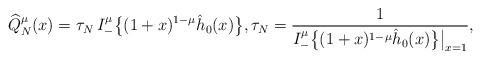
\begin{align*} &\widehat Q_N^\mu(x)= \tau_N\, I_-^\mu \big\{(1+x)^{1-\mu} \hat h_0(x)\big\}, \tau_N=\frac 1 {I_-^\mu \big\{(1+x)^{1-\mu} \hat h_0(x)\big\}\big|_{x=1}}, \end{align*}